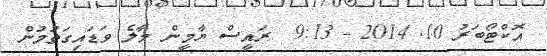
އޮކްޓޯބަރު 10